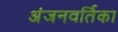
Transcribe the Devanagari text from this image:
अंजनवर्तिका